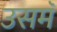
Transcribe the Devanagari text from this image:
उसमॅ